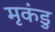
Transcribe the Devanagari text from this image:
मृकंडु